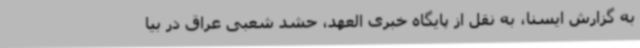
به گزارش ایسنا، به نقل از پایگاه خبری العهد، حشد شعبی عراق در بیا